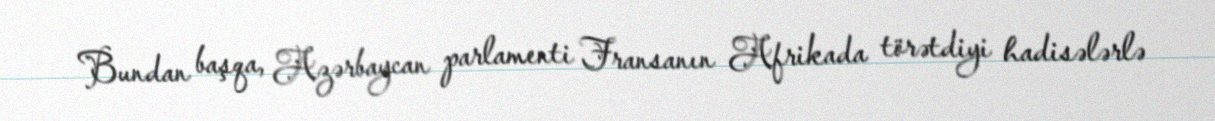
Bundan başqa, Azərbaycan parlamenti Fransanın Afrikada törətdiyi hadisələrlə